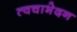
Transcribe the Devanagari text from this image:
त्वचाभेदन